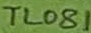
Text: TL081